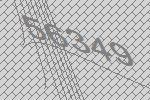
56349